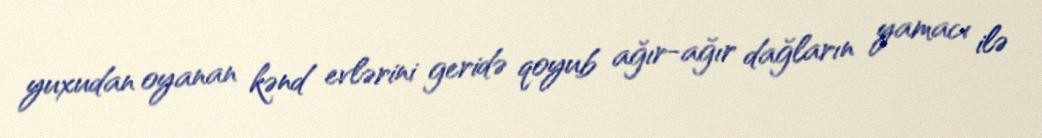
yuxudan oyanan kənd evlərini geridə qoyub ağır-ağır dağların yamacı ilə